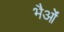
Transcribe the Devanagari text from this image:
भैओं